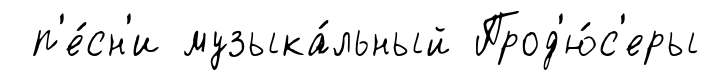
п'е́сн'и музыка́льный Прод'ю́с'еры